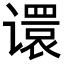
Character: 𫍽